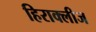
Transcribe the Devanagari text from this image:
हिराक्लीज